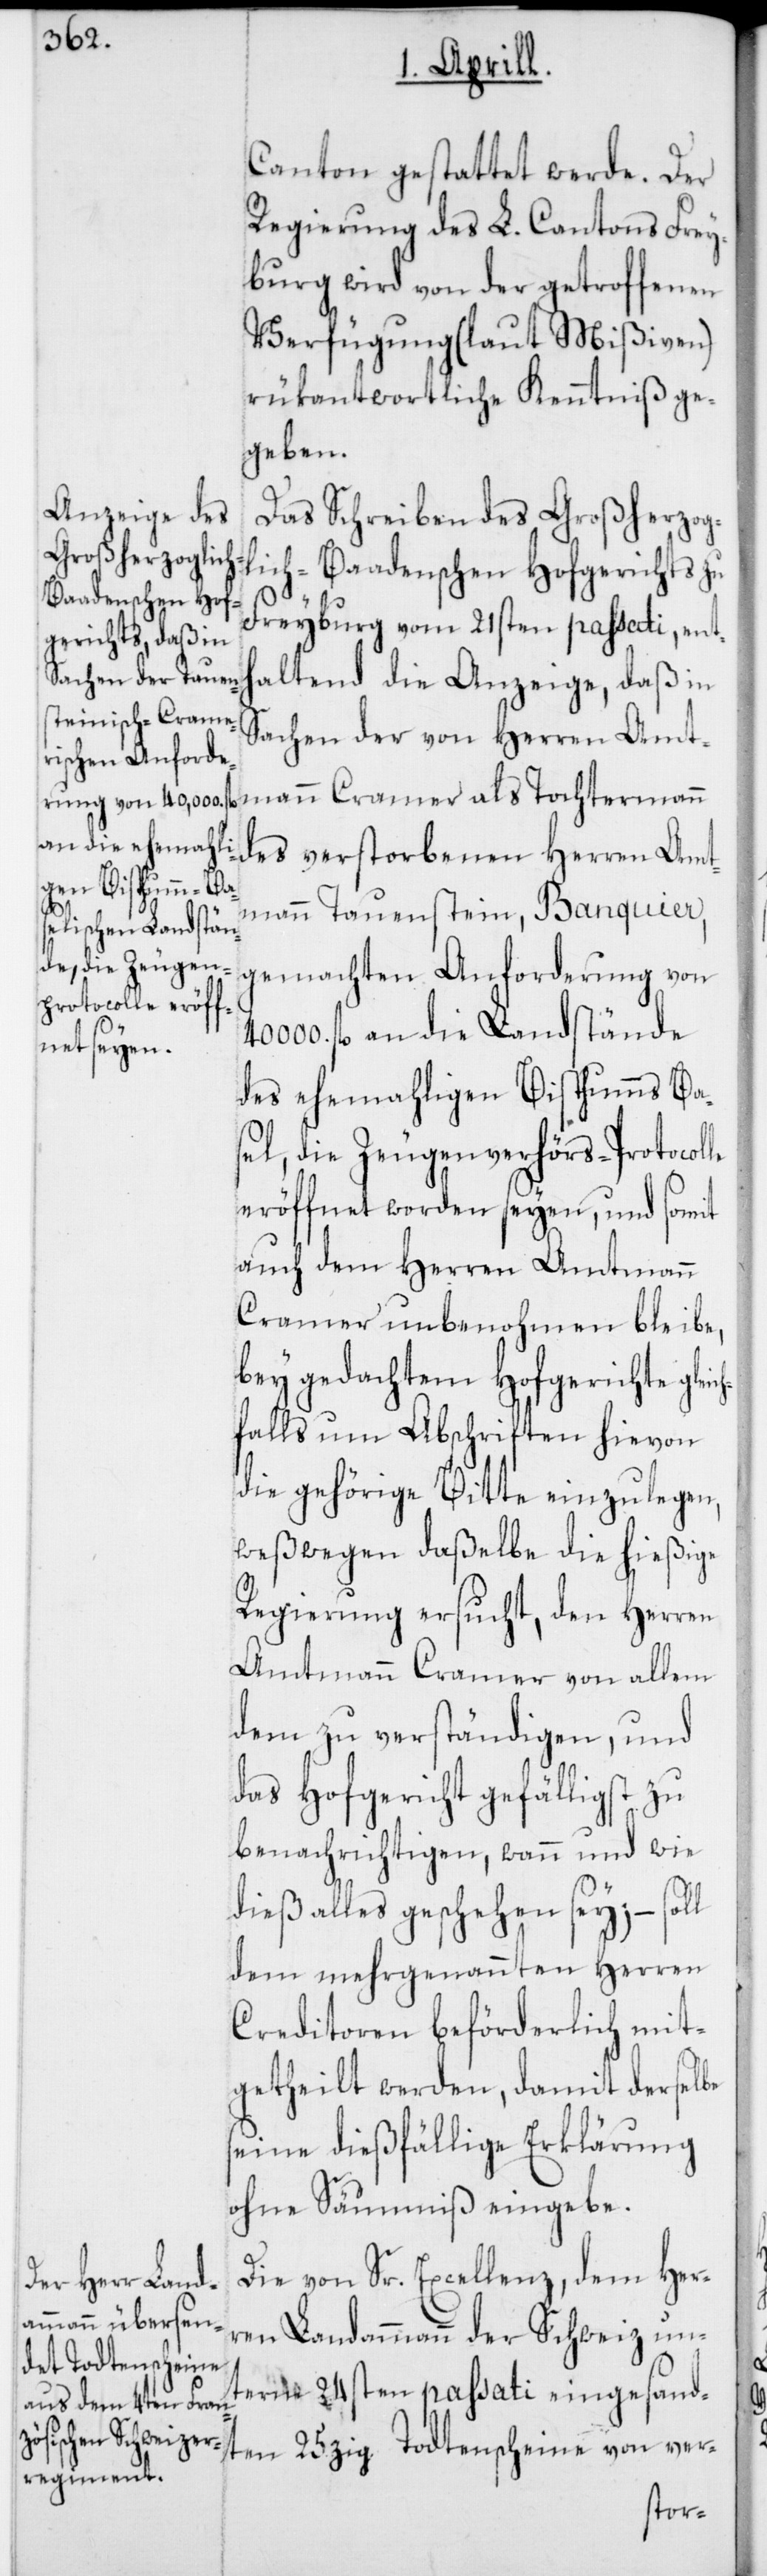
ch¬
Canton gestattet werde. Der
Regierung des L. Cantons Frey¬
burg wird von der getroffenen
Verfügung (laut Mißiven)
rükantwortliche Kenntniß ge¬
geben.
Das Schreiben des Großherzog¬
lich-Baadenschen Hofgerichts zu
Freyburg vom 21sten passati, ent¬
haltend die Anzeige, daß in
Sachen der von Herren Amt¬
mann Cramer als Tochtermann
Amtmann Tauenstein, Banquier,
gemachten Anforderung von
000. fl. an die Landstände
des ehemahligen Bisthums Ba¬
sel, die Zeugenverhörs-Protocolle
eröffnet worden seyen, und somit
auch dem Herren Amtmann
Cramer unbenohmen bleibe,
bey gedachtem Hofgerichte glei¬
falls um Abschriften hievon
die gehörige Bitte einzulegen,
weßwegen daßelbe die hießige
Regierung ersucht, den Herren
Amtmann Cramer von allem
dem zu verständigen, und
das Hofgericht gefälligst zu
benachrichtigen, wann und wie
dies alles geschehen sey; – soll
dem mehrgenannten Herren
Creditoren beförderlich mit¬
getheilt werden, damit derselbe
seine dießfällige Erklärung
ohne Säumniß eingebe.
Die von Sr. Excellenz, dem Her¬
ren Landammann der Schweiz un¬
term 24sten passati eingesand¬
ten 25zig Todtenscheine von ver-